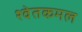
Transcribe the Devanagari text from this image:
श्वेतकमल